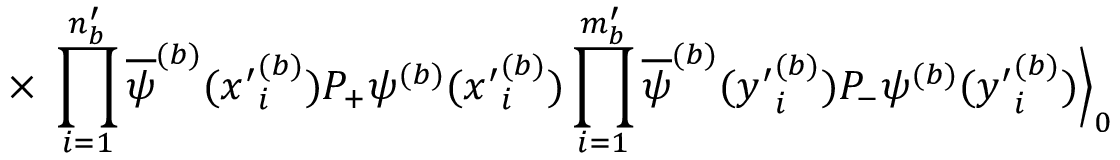
\times \; \prod _ { i = 1 } ^ { n _ { b } ^ { \prime } } \overline { { { \psi } } } ^ { ( b ) } ( { x ^ { \prime } } _ { i } ^ { ( b ) } ) P _ { + } \psi ^ { ( b ) } ( { x ^ { \prime } } _ { i } ^ { ( b ) } ) \prod _ { i = 1 } ^ { m _ { b } ^ { \prime } } \overline { { { \psi } } } ^ { ( b ) } ( { y ^ { \prime } } _ { i } ^ { ( b ) } ) P _ { - } \psi ^ { ( b ) } ( { y ^ { \prime } } _ { i } ^ { ( b ) } ) \Big \rangle _ { 0 }